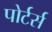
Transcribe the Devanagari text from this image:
पोर्टर्स